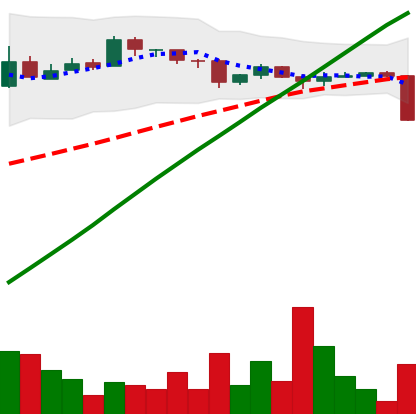
Ticker: BTC-USD
Chart end date: 2016-07-31
Forward return: -7.946%
Label: down_7plus